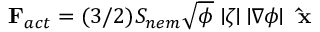
\mathbf { F } _ { a c t } = ( 3 / 2 ) S _ { n e m } \sqrt \phi \mid \! \! \zeta \! \! \mid \, \mid \! \! \nabla \phi \! \! \mid \, \, \mathbf { \hat { x } }